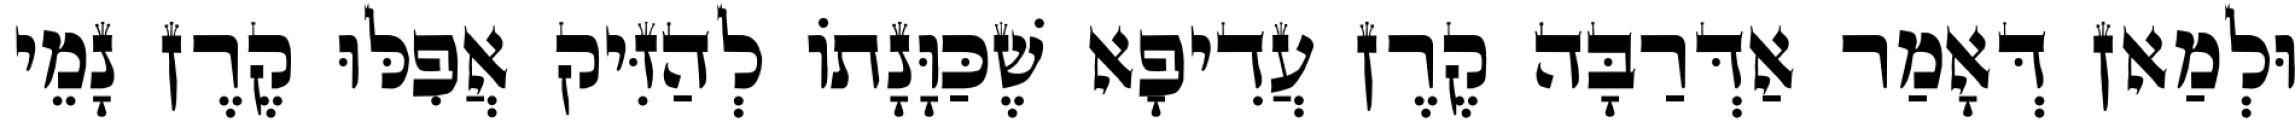
וּלְמַאן דְּאָמַר אַדְּרַבָּה קֶרֶן עֲדִיפָא שֶׁכַּוָּנָתוֹ לְהַזִּיק אֲפִלּוּ קֶרֶן נָמֵי